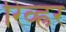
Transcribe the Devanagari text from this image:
रिव्ह्रर